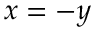
x = - y